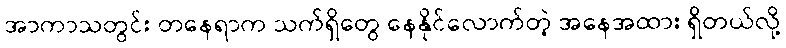
အာကာသတွင်း တနေရာက သက်ရှိတွေ နေနိုင်လောက်တဲ့ အနေအထား ရှိတယ်လို့